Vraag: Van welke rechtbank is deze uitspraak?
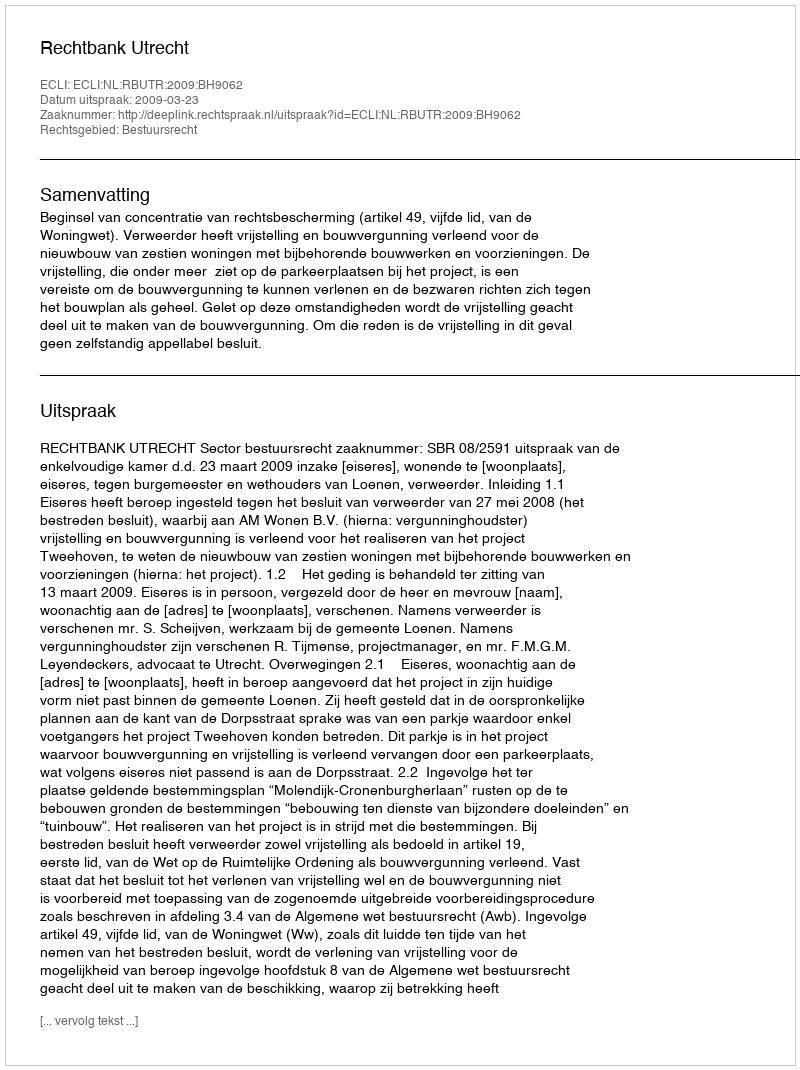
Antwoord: Rechtbank Utrecht